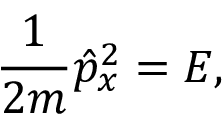
{ \frac { 1 } { 2 m } } { \hat { p } } _ { x } ^ { 2 } = E ,